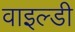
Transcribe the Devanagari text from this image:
वाइल्डी